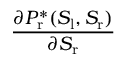
\frac { \partial P _ { \mathrm { r } } ^ { * } ( S _ { \mathrm { l } } , S _ { \mathrm { r } } ) } { \partial S _ { \mathrm { r } } }